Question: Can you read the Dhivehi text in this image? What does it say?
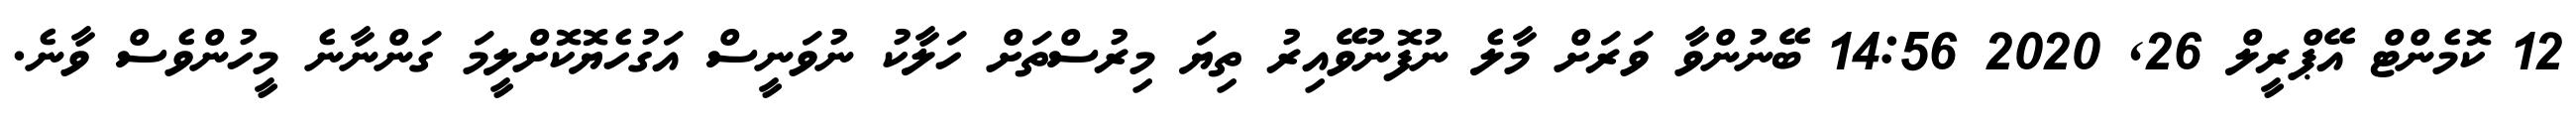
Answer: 12 ކޮމެންޓް އޭޕްރީލް 26, 2020 14:56 ބޭނުންވާ ވަރަށް މާލެ ނުފޮނުވޭއިރު ތިޔަ މިރުސްތަށް ހަލާކު ނުވަނީސް އަގުހެޔޮކޮށްލީމަ ގަންނާނެ މީހުންވެސް ވާނެ.